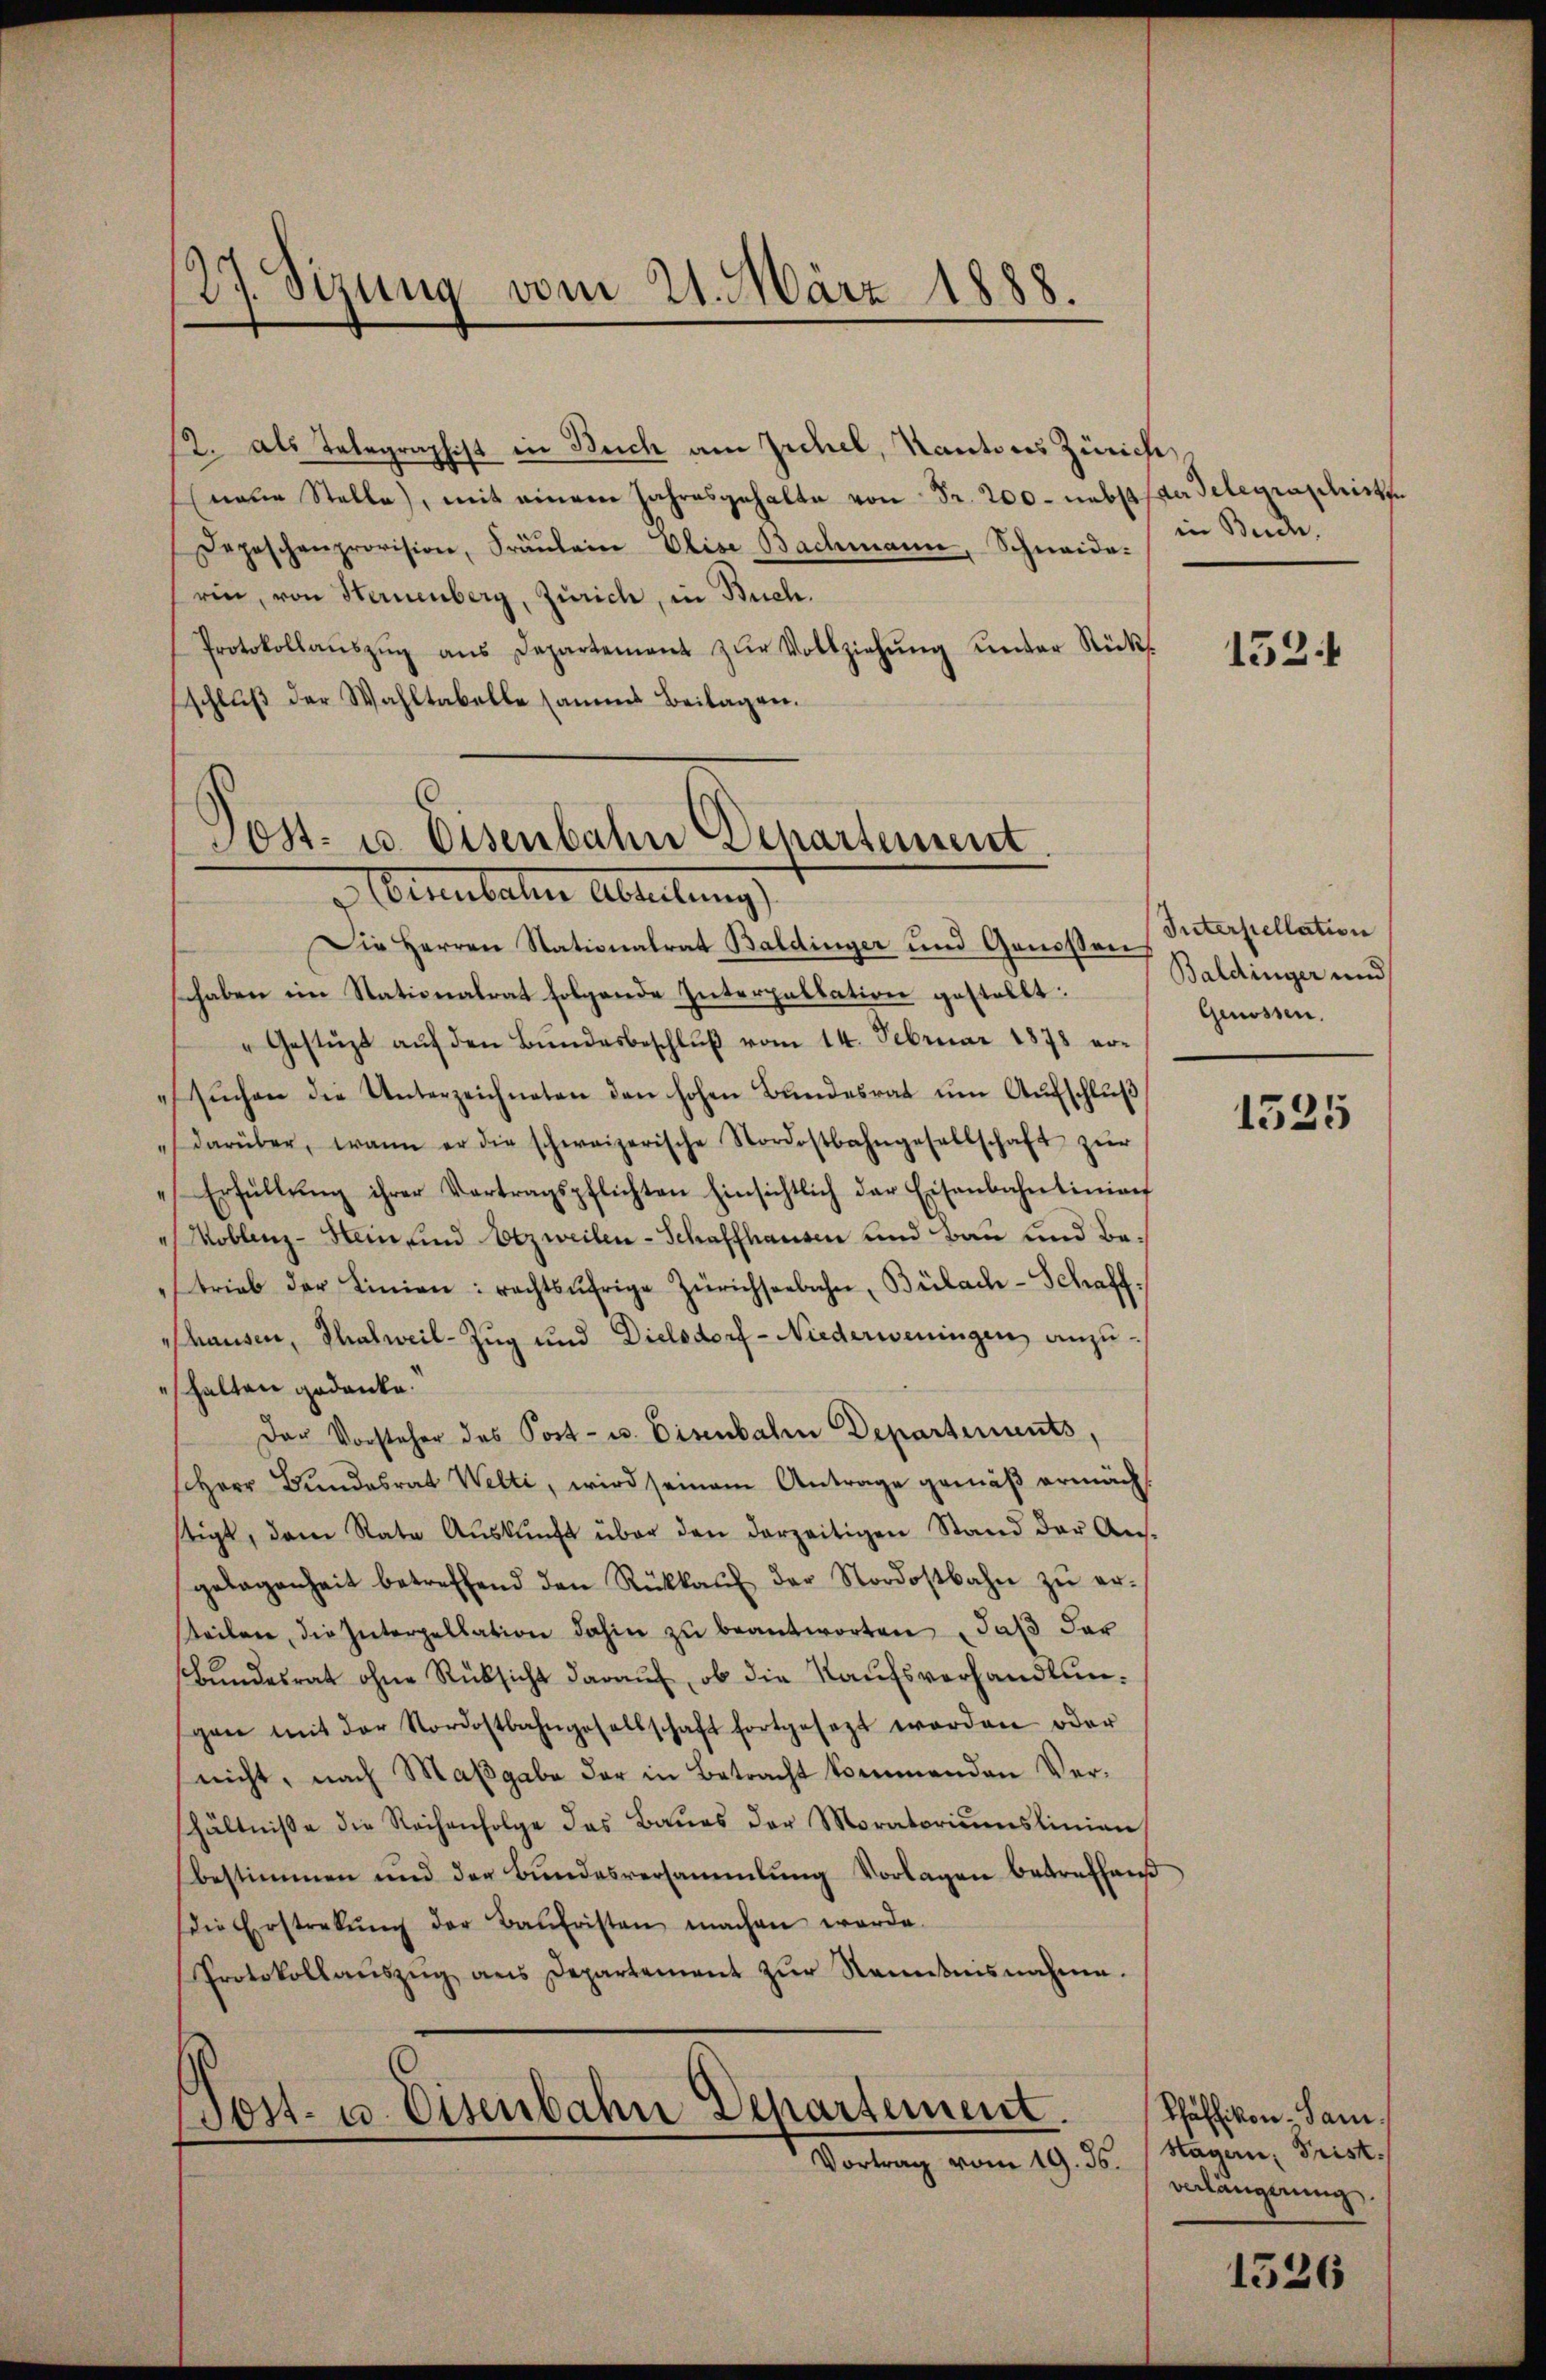
27. Sizung vom 21. März 1888.

12. als Telegraphist in Buch am Zichel, Kantons Zürich
neue Stelle, mit einem Jahresgehalte von Fr. 200. nebstadelegraschirten
Depeschenprovision, Fräŭlein Elise Bachmann, Schneide in Süde
rin, von Sternenberg, Zürich, in Buch.
Protokollaŭszŭg ans Departement zŭr Vollziehŭng unter Rücks
schluß der Wahltabelle sammt Beilagen.

.
Post- u. Eisenbahn Departement
 Cubalter Abteilung

Die Herren Stationalrat Baldinger und Genossen Interpellation
haben im Stationalrat folgende Interpallation gestellt:
„Gestüzt auf den Bundesbeschluß vom 14. Februar 1878 ersŭchen die Unterzeichneten den hohen Bŭndesrat ŭm Aŭfschlŭβ
darüber, wann er die schweizerische Nordostbahngesellschaft zŭr
Erfüllŭng ihrer Vortragspflichten hinsichtlich der Eisenbahntinianf
Moblenz-Hein und Atzweilen-Schaffhausen und Bau und Betrieb der Linien: rechtsŭfrige Zürichseebache, Bülach-Schaff
thausen, Thalweil-Zug und Dielsdorf- Niederweningen anzuhalten gedanke.
Der Vorsteher des Post- u. Eisenbahr Departements,
Herr Bundesrat Welti, wird seinem Antrage gemäß ermächstigt, dem Rate Aŭskŭnft über den derzeitigen Stand der Ans-
gelegenheit betreffend den Rückkaŭf der Nordostbahn zu erteilen, die Interpellation dahin zŭ beantworten daß der
Bŭndesrat ohne Rücksicht darauf, ob die Kaufsverhandlungen mit der Nordostbahngesellschaft fortgesezt worden oder
nicht, nach Maßgabe der in Betracht kommenden Vershältniße die Reihenfolge das Baŭes der Moratoriŭmslinien
bestimmen und der Bŭndesversammlung Vorlagen betreffend
(die Erstrekŭng der Baŭfristen machen werde.
Protokollaŭszŭg ans Departement zŭr Nenntnisnahme.

ost- u. Eisenbahn Departement.
Vortrag vom 19. ds.

1524

Baldinger und
Genossen.

1535

Phäffikon, dam
Hagern, Frist.
verlängerung

1526